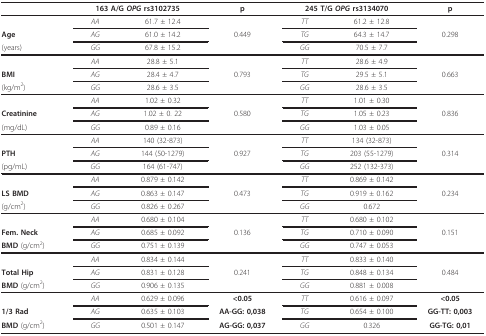
<table><thead><tr><td></td><td colspan="2"><b>163 A/G <i>OPG </i>rs3102735</b></td><td><b>p</b></td><td colspan="2"><b>245 T/G <i>OPG </i>rs3134070</b></td><td><b>p</b></td></tr></thead><tbody><tr><td></td><td><i>AA</i></td><td>61.7 ± 12.4</td><td></td><td><i>TT</i></td><td>61.2 ± 12.8</td><td></td></tr><tr><td><b>Age</b></td><td><i>AG</i></td><td>61.0 ± 14.2</td><td>0.449</td><td><i>TG</i></td><td>64.3 ± 14.7</td><td>0.298</td></tr><tr><td>(years)</td><td><i>GG</i></td><td>67.8 ± 15.2</td><td></td><td><i>GG</i></td><td>70.5 ± 7.7</td><td></td></tr><tr><td></td><td><i>AA</i></td><td>28.8 ± 5.1</td><td></td><td><i>TT</i></td><td>28.6 ± 4.9</td><td></td></tr><tr><td><b>BMI</b></td><td><i>AG</i></td><td>28.4 ± 4.7</td><td>0.793</td><td><i>TG</i></td><td>29.5 ± 5.1</td><td>0.663</td></tr><tr><td>(kg/m<sup>2</sup>)</td><td><i>GG</i></td><td>28.6 ± 3.5</td><td></td><td><i>GG</i></td><td>28.6 ± 3.5</td><td></td></tr><tr><td></td><td><i>AA</i></td><td>1.02 ± 0.32</td><td></td><td><i>TT</i></td><td>1.01 ± 0.30</td><td></td></tr><tr><td><b>Creatinine</b></td><td><i>AG</i></td><td>1.02 ± 0. 22</td><td>0.580</td><td><i>TG</i></td><td>1.05 ± 0.23</td><td>0.836</td></tr><tr><td>(mg/dL)</td><td><i>GG</i></td><td>0.89 ± 0.16</td><td></td><td><i>GG</i></td><td>1.03 ± 0.05</td><td></td></tr><tr><td></td><td><i>AA</i></td><td>140 (32-873)</td><td></td><td><i>TT</i></td><td>134 (32-873)</td><td></td></tr><tr><td><b>PTH</b></td><td><i>AG</i></td><td>144 (50-1279)</td><td>0.927</td><td><i>TG</i></td><td>203 (55-1279)</td><td>0.314</td></tr><tr><td>(pg/mL)</td><td><i>GG</i></td><td>164 (61-747)</td><td></td><td><i>GG</i></td><td>252 (132-373)</td><td></td></tr><tr><td></td><td><i>AA</i></td><td>0.879 ± 0.142</td><td></td><td><i>TT</i></td><td>0.869 ± 0.142</td><td></td></tr><tr><td><b>LS BMD</b></td><td><i>AG</i></td><td>0.863 ± 0.147</td><td>0.473</td><td><i>TG</i></td><td>0.919 ± 0.162</td><td>0.234</td></tr><tr><td>(g/cm<sup>2</sup>)</td><td><i>GG</i></td><td>0.826 ± 0.267</td><td></td><td><i>GG</i></td><td>0.672</td><td></td></tr><tr><td></td><td><i>AA</i></td><td>0.680 ± 0.104</td><td></td><td><i>TT</i></td><td>0.680 ± 0.102</td><td></td></tr><tr><td><b>Fem. Neck</b></td><td><i>AG</i></td><td>0.685 ± 0.092</td><td>0.136</td><td><i>TG</i></td><td>0.710 ± 0.090</td><td>0.151</td></tr><tr><td><b>BMD </b>(g/cm<sup>2</sup>)</td><td><i>GG</i></td><td>0.751 ± 0.139</td><td></td><td><i>GG</i></td><td>0.747 ± 0.053</td><td></td></tr><tr><td></td><td><i>AA</i></td><td>0.834 ± 0.144</td><td></td><td><i>TT</i></td><td>0.833 ± 0.140</td><td></td></tr><tr><td><b>Total Hip</b></td><td><i>AG</i></td><td>0.831 ± 0.128</td><td>0.241</td><td><i>TG</i></td><td>0.848 ± 0.134</td><td>0.484</td></tr><tr><td><b>BMD </b>(g/cm<sup>2</sup>)</td><td><i>GG</i></td><td>0.906 ± 0.135</td><td></td><td><i>GG</i></td><td>0.881 ± 0.008</td><td></td></tr><tr><td></td><td><i>AA</i></td><td>0.629 ± 0.096</td><td><b>&lt;0.05</b></td><td><i>TT</i></td><td>0.616 ± 0.097</td><td><b>&lt;0.05</b></td></tr><tr><td><b>1/3 Rad</b></td><td><i>AG</i></td><td>0.635 ± 0.103</td><td><b>AA-GG: 0,038</b></td><td><i>TG</i></td><td>0.654 ± 0.100</td><td><b>GG-TT: 0,003</b></td></tr><tr><td><b>BMD </b>(g/cm<sup>2</sup>)</td><td><i>GG</i></td><td>0.501 ± 0.147</td><td><b>AG-GG: 0,037</b></td><td><i>GG</i></td><td>0.326</td><td><b>GG-TG: 0,01</b></td></tr></tbody></table>